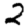
Digit: 2